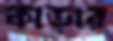
কাড়ার